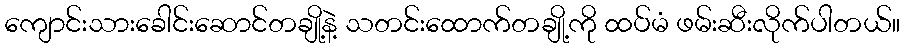
ကျောင်းသားခေါင်းဆောင်တချို့နဲ့ သတင်းထောက်တချို့ကို ထပ်မံ ဖမ်းဆီးလိုက်ပါတယ်။